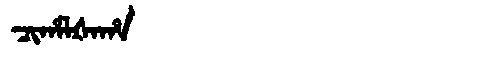
Manchu: ᠴᡳᡥᠠᠯᡧᠠᡥᠠ
Romanization: CIHALŠAHA